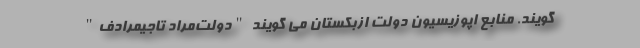
گویند. منابع اپوزیسیون دولت ازبکستان می گویند "دولت‌مراد تاجیمرادف"